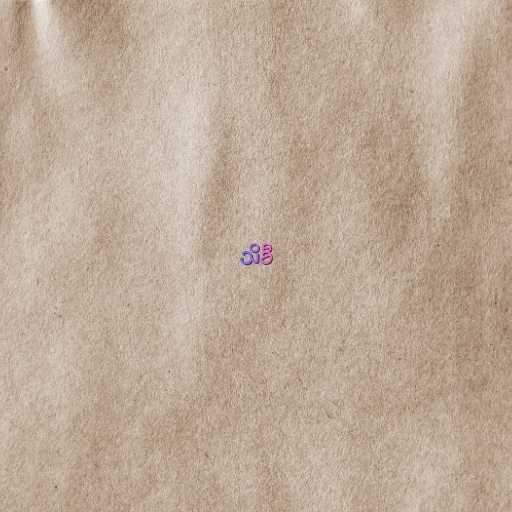
သိခီ